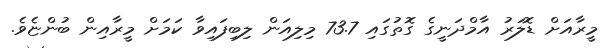
މީރާއަށް ޑޮލަރު އާމްދަނީގެ ގޮތުގައި 73.7 މިލިއަން ލިބިފައިވާ ކަމަށް މީރާއިން ބުންޏެވެ.